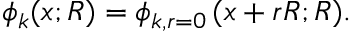
\phi _ { k } ( x ; R ) = \phi _ { k , r = 0 } \, ( x + r R ; R ) .